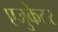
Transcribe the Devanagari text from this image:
एजुकेटर